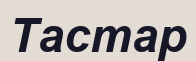
Тастар